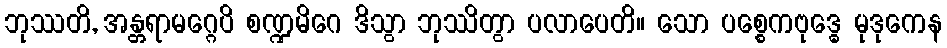
ဘုဿတိ, အန္တရာမဂ္ဂေပိ စဏ္ဍမိဂေ ဒိသွာ ဘုဿိတွာ ပလာပေတိ။ သော ပစ္စေကဗုဒ္ဓေ မုဒုကေန